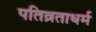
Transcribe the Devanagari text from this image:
पतिव्रताधर्म